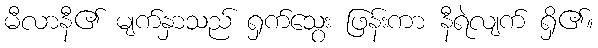
မီလာနီ၏ မျက်နှာသည် ရှက်သွေး ဖြန်းကာ နီရဲလျက် ရှိ၏။